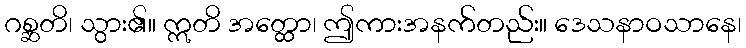
ဂစ္ဆတိ၊ သွား၏။ ဣတိ အတ္ထော၊ ဤကားအနက်တည်း။ ဒေသနာဝသာနေ၊